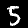
Digit: 5